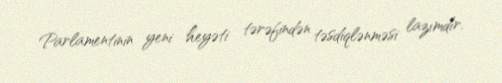
Parlamentinin yeni heyəti tərəfindən təsdiqlənməsi lazımdır.